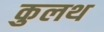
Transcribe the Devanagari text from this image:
कुलथ